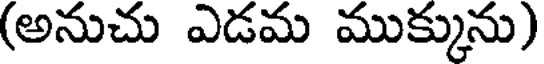
(అనుచు ఎడమ ముక్కును)